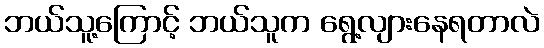
ဘယ်သူ့ကြောင့် ဘယ်သူက ရွေ့လျားနေရတာလဲ